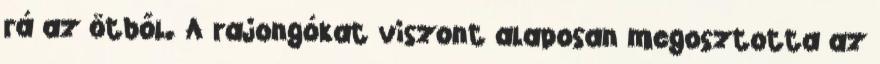
rá az ötből. A rajongókat viszont alaposan megosztotta az